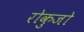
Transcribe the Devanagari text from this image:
रोकुजो